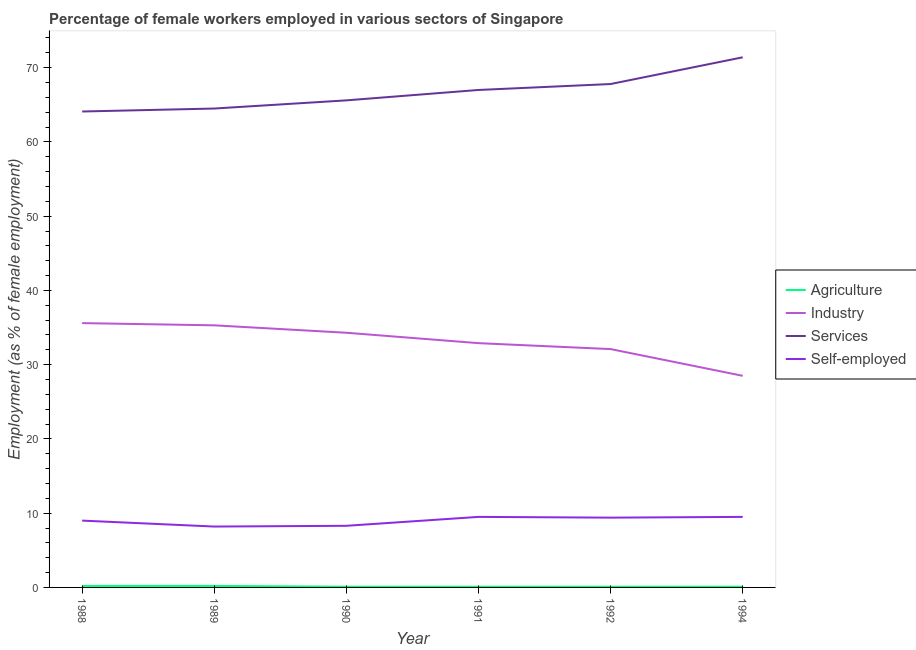
| Year | Agriculture | Industry | Services | Self-employed |
 | --- | --- | --- | --- | --- |
 | 1988 | 0.2 | 35.6 | 64.1 | 9 |
 | 1989 | 0.2 | 35.3 | 64.5 | 8.2 |
 | 1990 | 0.1 | 34.3 | 65.6 | 8.3 |
 | 1991 | 0.1 | 32.9 | 67 | 9.5 |
 | 1992 | 0.1 | 32.1 | 67.8 | 9.4 |
 | 1994 | 0.1 | 28.5 | 71.4 | 9.5 |